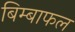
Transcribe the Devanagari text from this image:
बिम्बाफल